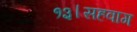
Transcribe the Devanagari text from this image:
१३।सहवाग